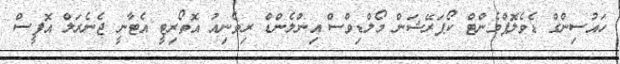
ހައުސިންގް ޑެވެލޮޕްމެންޓް ކޯޕަރޭޝަން މޯލްޑިވްސް އިންލެންޑް ރިވެނިއު އޮތޯރިޓީ އެޓާނީ ޖެނެރަލް އޮފީސް